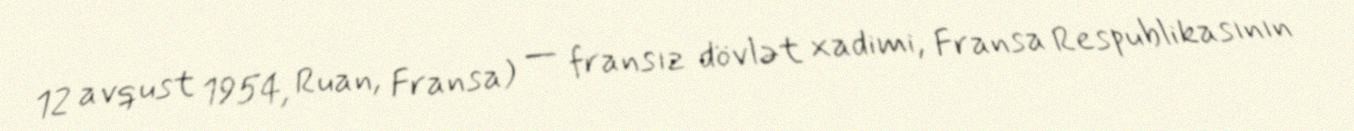
12 avqust 1954, Ruan, Fransa) — fransız dövlət xadimi, Fransa Respublikasının